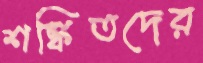
শঙ্কিতদের